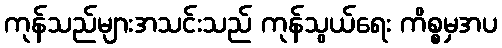
ကုန်သည်များအသင်းသည် ကုန်သွယ်ရေး ကိစ္စမှအပ